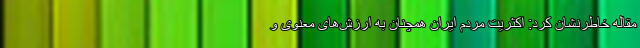
مقاله خاطرنشان کرد: اکثریت مردم ایران همچنان به ارزش‌های معنوی و